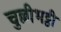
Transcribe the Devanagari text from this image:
चुल्लीभट्ठी